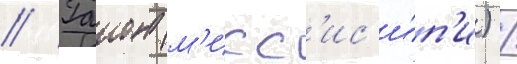
// Гаион (м'исс'ис'и́п'и) /